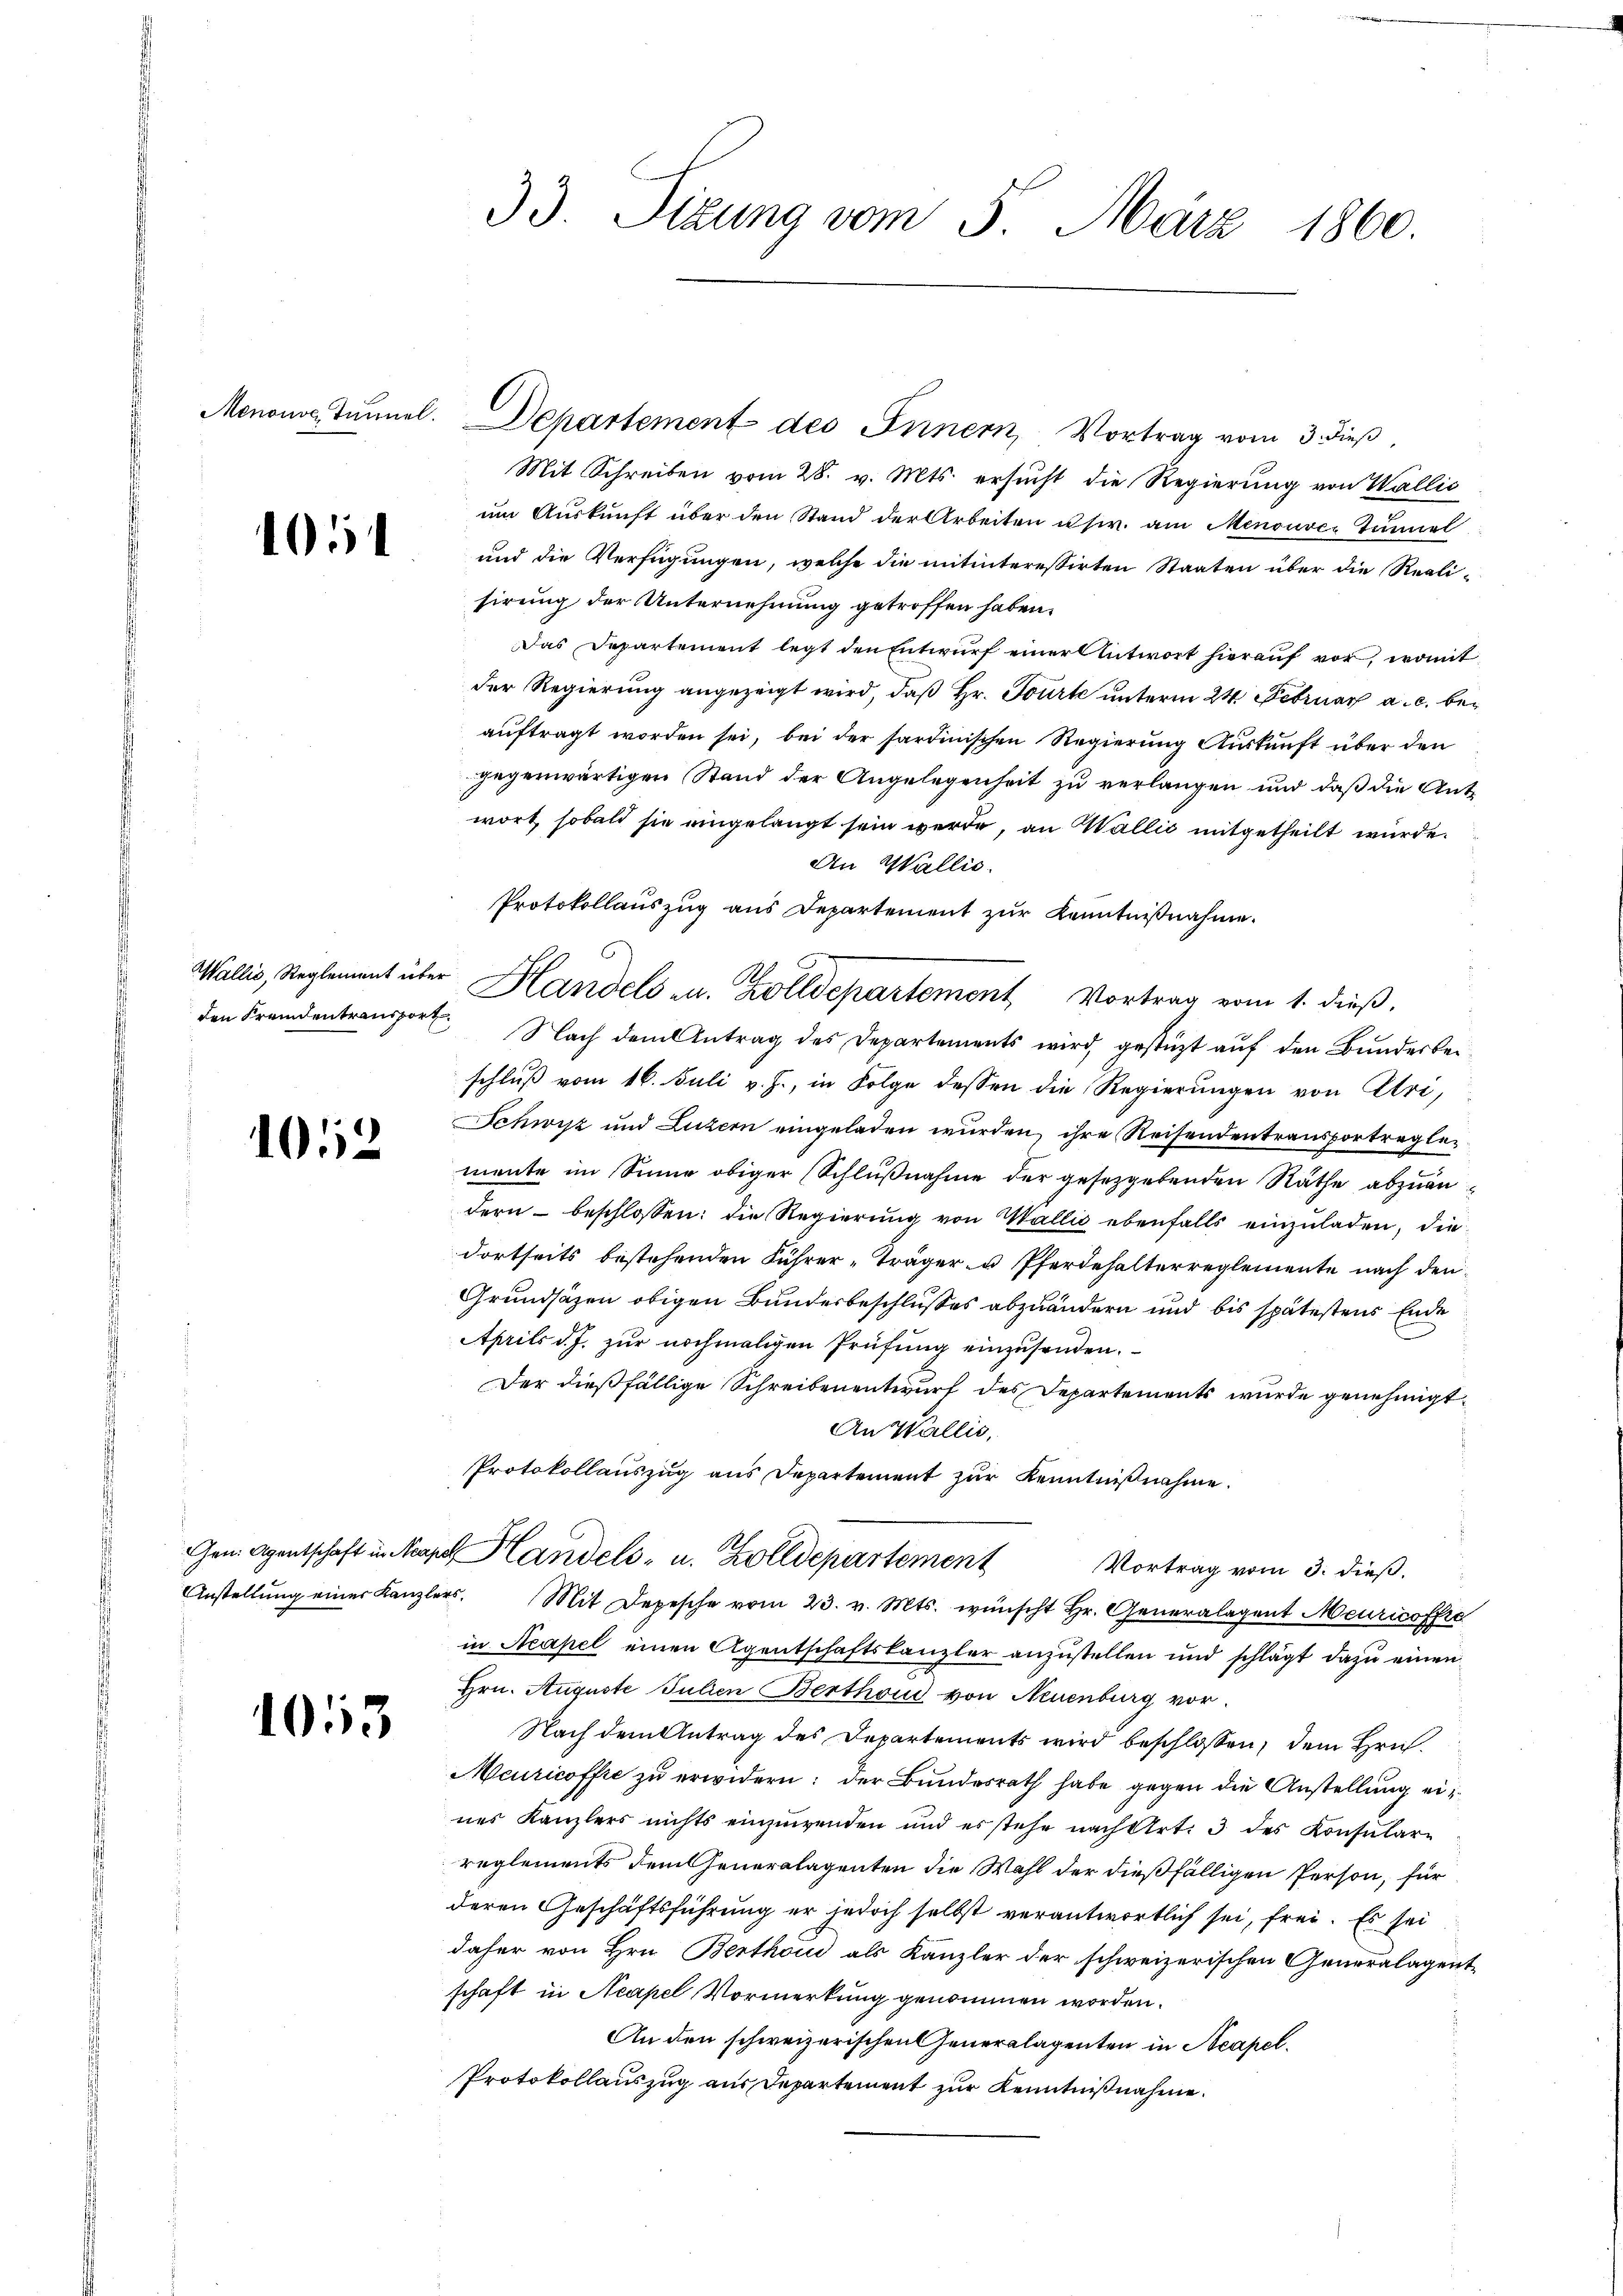
105

102

Gen. Agentschaft in Nea

1053

33. Sizung vom 5. März 1860.

Menous Tunnel. Departement des Innern, Vortrag vom 3. dieβ,
Mit Schreiben vom 28. v. Mts. ersucht die Regierung von Wallić
ŭm Aŭskŭnft über den Stand der Arbeiten usw. am Menouvez Tunnel
und die Verfügungen, welche die mitinteressirten Staaten über die Realisirung der Unternehmung getroffen haben.
Das Departement legt den Entwurf einer Antwort hierauf vor, womit
der Regierung angezeigt wird, daß Hr. Tourte unterm 24. Februar a. c. beauftragt worden sei, bei der sardinischen Regierung Auskunft über den
gegenwärtigen Stand der Angelegenheit zu verlangen und daß die Antwort, sobald sie eingelangt sein werde, an Wallić mitgetheilt wurde.
An Wallis.
den Fremdentransport. Nach dem Antrag des Departements wird, gestüzt auf den Bundesbeischluß vom 16. Juli v. J., in Folge dessen die Regierungen von Uri,
Schwyz und Luzern eingeladen wurden, ihre Reisendentransportreglemente im Sinne obiger (Schlußnahme der gesetzgebenden Räthe abzuändern beschlossen: die Regierung von Wallis ebenfalls einzuladen, die
dortseits bestehenden Führer-Träger u Pferdehalterreglemente nach den
Grundsätzen obigen Bundesbeschlusses abzuändern und bis spätestens Ende
Aprils d. J. zur nochmaligen Prüfung einzusenden.
Der dießfällige Schreibenentwurf des Departements wurde genehmigt
An Wallis,
Protokollauszug aus Departement zur Kenntnißnahme.
 Handels- u. Zolldepartement
Vortrag vom 3. dieß.
Anstellŭng einer Kanzlers. Mit Depesche vom 23. v. Mts. wünscht Hr. Generalagent Meuricoffre
in Neapel einen Agentschaftskanzler anzustellen und schlägt dazu einen
Hrn. Auguste Julien Berthoud von Neuenburg vor.
Nach dem Antrag des Departements wird beschlossen, dem Hrn.
Meuricoffre zu erwidern: der Bundesrath habe gegen die Anstellung eines Kanzlers nichts einzuwenden und es stehe nach Art. 3 des Konsulare
reglements dem Generalagenten die Wahl der dießfälligen Person, für
deren Geschäftsführung er jedoch selbst verantwortlich sei, frei. Es sei
daher von Hrn. Berthon als Kanzler der schweizerischen Generalagentschaft in Neapel Vormerkung genommen worden.
An den schweizerischen Generalagenten in Neapel.
Protokollauszug aus Departement zur Kenntnißnahme.

Protokollauszug aus Departement zur Kenntnißnahme.
Wallis, Reglement über Handels zu. Zolldepartement Vortrag vom 1. dieß.